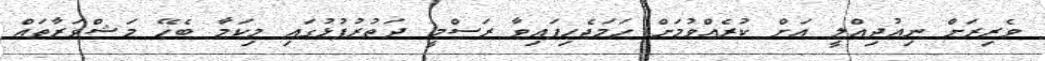
ވެރިރަށް ނިއުދިއްލީ އަށް ކުރެއްވުމަށް ހަމަޖެހިފައިވާ ރަސްމީ ދަތުރުފުޅުގައި މިކަމާ ބެހޭ މަޝްވަރާތައް